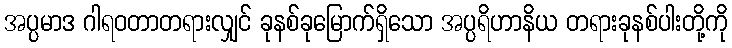
အပ္ပမာဒ ဂါရဝတာတရားလျှင် ခုနစ်ခုမြောက်ရှိသော အပ္ပရိဟာနိယ တရားခုနစ်ပါးတို့ကို